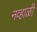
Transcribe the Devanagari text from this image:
नव्हाळी